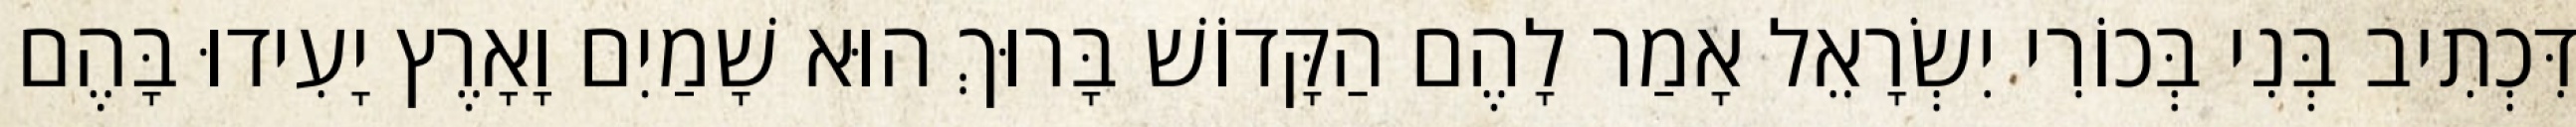
דִּכְתִיב בְּנִי בְּכוֹרִי יִשְׂרָאֵל אָמַר לָהֶם הַקָּדוֹשׁ בָּרוּךְ הוּא שָׁמַיִם וָאָרֶץ יָעִידוּ בָּהֶם